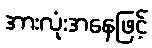
အားလုံးအနေဖြင့်